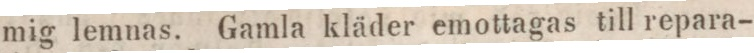
mig lemnas. Gamla kläder emottagas till repara-